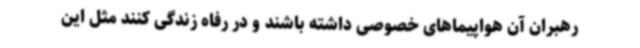
رهبران آن هواپیماهای خصوصی داشته باشند و در رفاه زندگی کنند مثل این